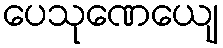
ပေသုဏေယျေ